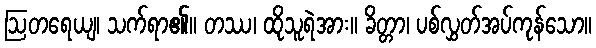
ဩတရေယျ၊ သက်ရာ၏။ တဿ၊ ထိုသူရဲအား။ ခိတ္တာ၊ ပစ်လွှတ်အပ်ကုန်သော။